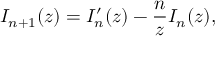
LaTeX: I _ { n + 1 } ( z ) = I _ { n } ^ { \prime } ( z ) - { \frac { n } { z } } I _ { n } ( z ) ,